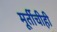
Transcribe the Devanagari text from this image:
मूर्तीचीही